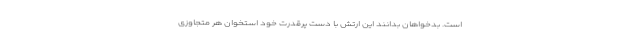
است. بدخواهان بدانند این ارتش با دست پرقدرت خود استخوان هر متجاوزی